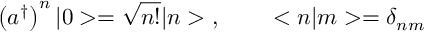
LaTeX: \left( a ^ { \dagger } \right) ^ { n } | 0 > = \sqrt { n ! } | n > \; , \; \; \; \; \; \; \; \; < n | m > = \delta _ { n m }